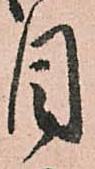
目